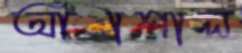
আঁাশাল